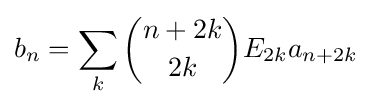
b_{n}=\sum _{k}{\binom {n+2k}{2k}}E_{2k}a_{n+2k}